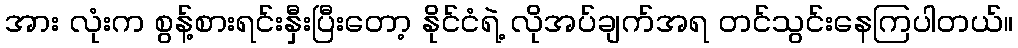
အား လုံးက စွန့်စားရင်းနှီးပြီးတော့ နိုင်ငံရဲ့ လိုအပ်ချက်အရ တင်သွင်းနေကြပါတယ်။